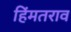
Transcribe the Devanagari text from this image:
हिंमतराव